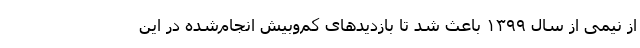
از نیمی از سال ۱۳۹۹ باعث شد تا بازدیدهای کم‌وبیش انجام‌شده در این